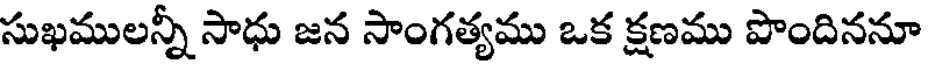
సుఖములన్నీ సాధు జన సాంగత్యము ఒక క్షణము పొందిననూ